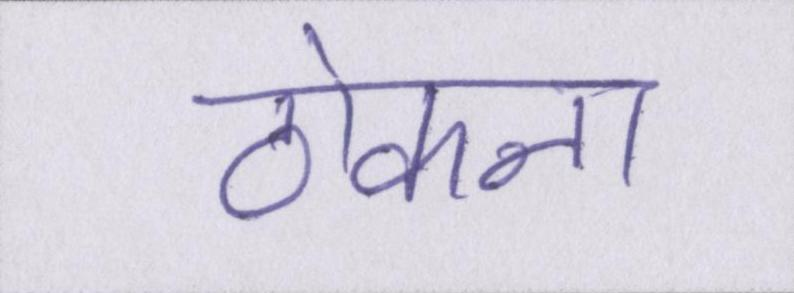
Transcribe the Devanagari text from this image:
ठोकना